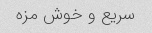
سریع و خوش مزه